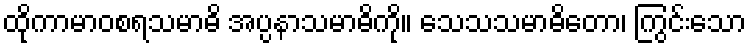
ထိုကာမာဝစရသမာဓိ အပ္ပနာသမာဓိကို။ သေသသမာဓိတော၊ ကြွင်းသော